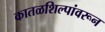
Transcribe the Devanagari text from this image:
कातळशिल्पांवरून